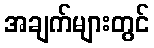
အချက်များတွင်